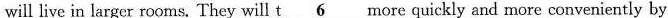
will live in larger rooms. They will t \underline{6}more quickly and more conveniently by